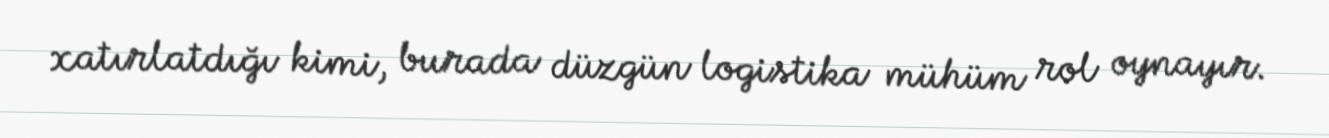
xatırlatdığı kimi, burada düzgün logistika mühüm rol oynayır.